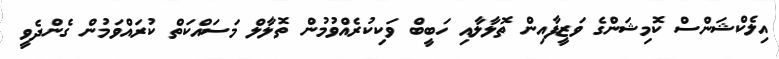
އިލެކްޝަންސް ކޮމިޝަންގެ ވަޒީފާއިން ތޮލާލާއި ހަބީބް ވަކިކުރެއްވުމުން ތޮލާލް މަސައްކަތް ކުރައްވަމުން ގެންދެވީ